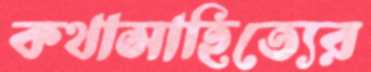
কথাসাহিত্যের